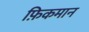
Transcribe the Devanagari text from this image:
फ़िकमान